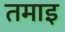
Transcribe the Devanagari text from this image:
तमाइ